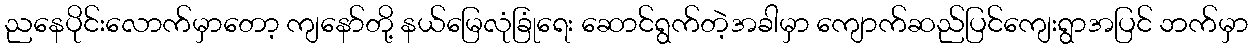
ညနေပိုင်းလောက်မှာတော့ ကျနော်တို့ နယ်မြေလုံခြုံရေး ဆောင်ရွက်တဲ့အခါမှာ ကျောက်ဆည်ပြင်ကျေးရွာအပြင် ဘက်မှာ